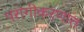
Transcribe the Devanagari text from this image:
परागीकरणात